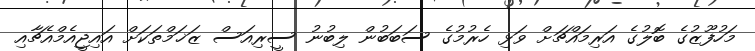
މަހުފޫޒުގެ ބޮލުގެ އަރިމައްޗަށް ވަޅި ހެރުމުގެ ސަބަބުން ލިބުނު ސީރިއަސް ޒަޚަމްތަކަށް އައިޖީއެމްއެޗާއި